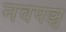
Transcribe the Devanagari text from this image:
नवपञ्च